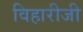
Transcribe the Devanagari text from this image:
विहारीजी